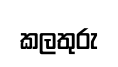
කලතුරු